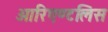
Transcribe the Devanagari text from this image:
ओरिएण्टलिस